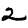
Digit: 2